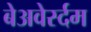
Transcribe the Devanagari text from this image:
बेअवेर्स्दम